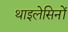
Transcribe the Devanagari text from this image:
थाइलेसिनों